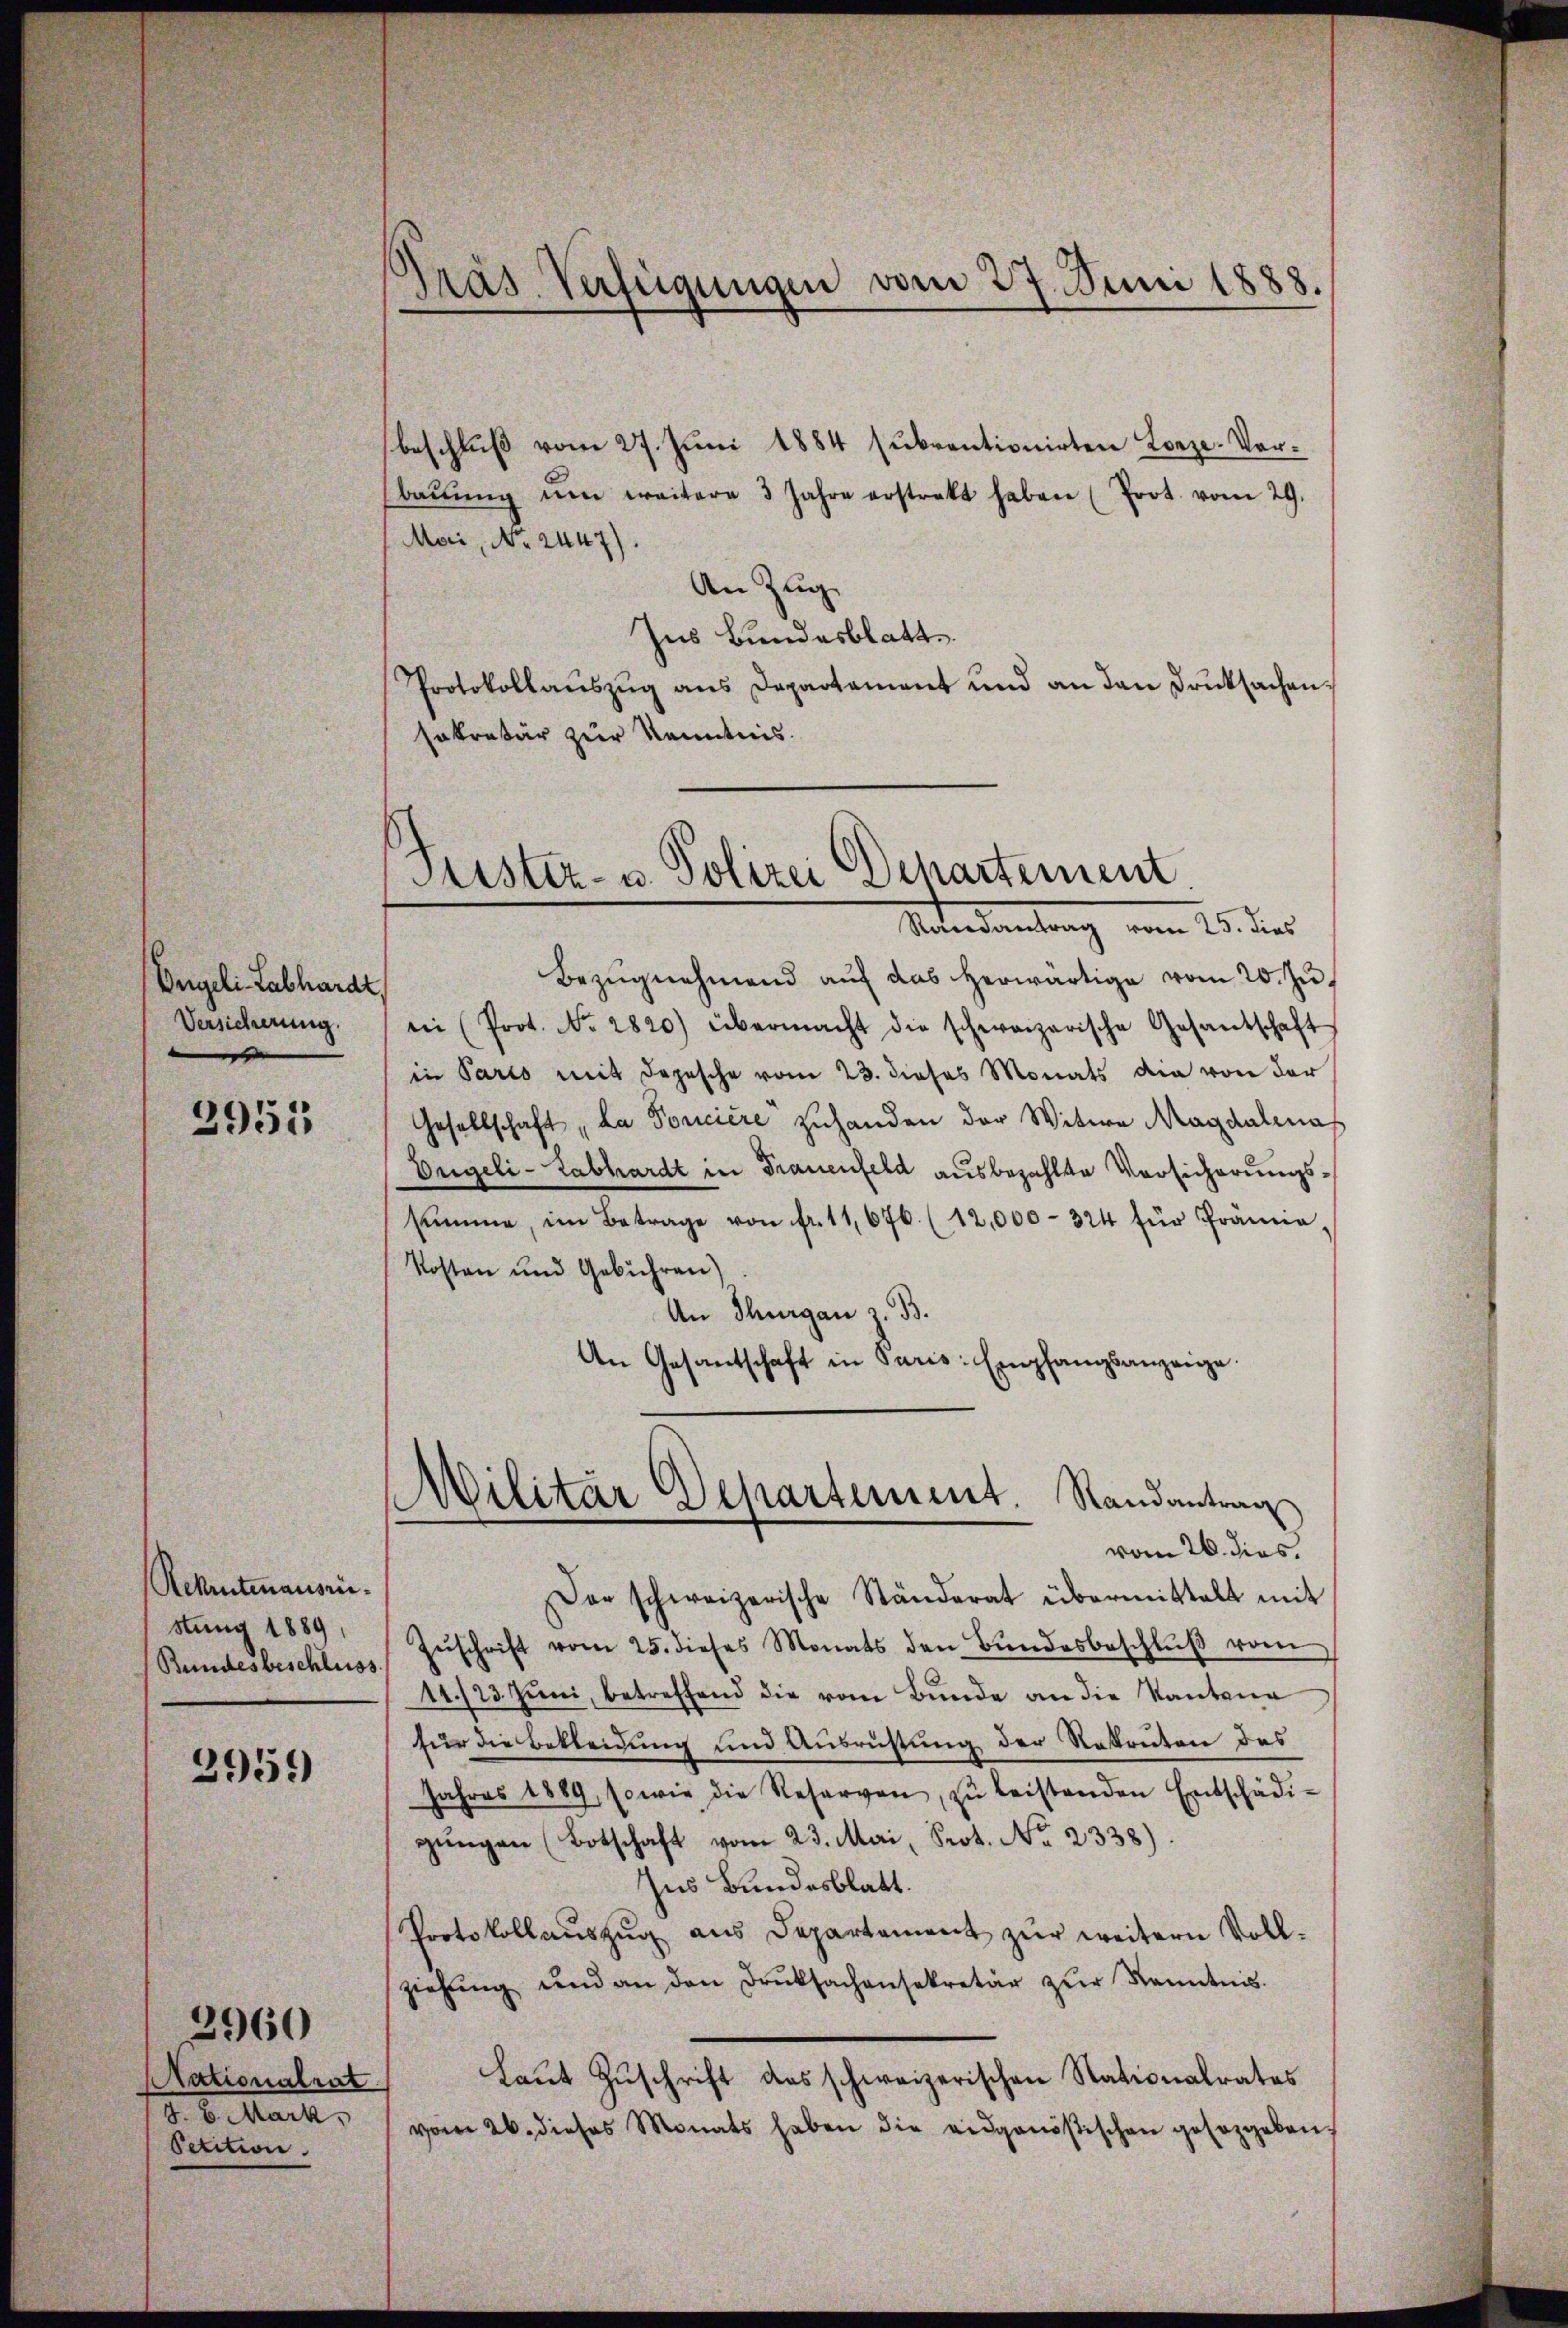
Engeli Labhardt
Versicherung.

2951

Rekrutenausri
stung 1889,
Bundesbeschluss

2959)

Nationalrat
J. 6. Mark
Petition.

2960

Pras Verfügungen vom 27. Juni 1888.

Justiz- u. Polizei Departement
Randantrag vom 25. dies

beschluß vom 27. Juni 1884 subventionirten Lorze. Vorbaŭŭng ŭm weitere 3 Jahre erstrakt haben (Prot. vom 29.
Mai, No. 2447).
An Zug
Ins Bundesblatt
Protokollaŭszŭg ans Departement und an den Druksachensekretär zur Kenntnis.
Bezugnehmend auf das herwärtige vom 20. Zu
in (Prot. No. 2820) übermacht die schweizerische Gesantschaft
in Pario mit Depesche vom 23. dieses Monats die von der
Gesellschaft, da Poncière zuhanden der Witwe Magdalmas
Engeli - Labhardt in Trauenfeld ausbezahlte Vorsicherungssumme, im Betrage von fr. 11,676 (12,000-324 für Prämie,
Kosten und Gebühren)
An Thurgau z. B.
An Gesantschaft in Paris: Empfangsanzeige.

)
Wilitär Departement. Randantrag
vom 26. dies

Dar schweizerische Ständerat übermittelt mit
Zŭschrift vom 25. dieses Monats den Bŭndesbeschlŭβ vom
14./23. Juni, betreffend die vom Bunde an die Kantona
für die Bekleidung und Ausrüstung der Rekruten des
Jahres 1889, sowie die Reserven zŭ leistenden Entschädi-
gŭngen (Botschaft vom 23. Mai, Prot. No 2338).
Ins Bundesblatt.
Protokoll aŭszŭg aŭs Departement zŭr weitern Voll-
ziehŭng und an den Druksachensekretär zŭr Kenntnis.
Laŭt Zŭschrift das schweizerischen Stationalrates
vom 26. dieses Monats haben die eidgenößischen gesetzgeben.